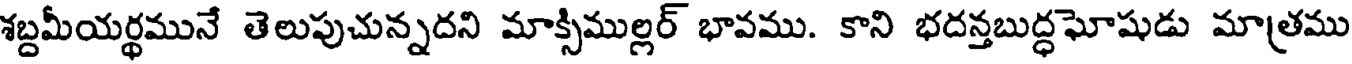
శబ్దమీయర్థమునే తెలుపుచున్నదని మాక్సిముల్లర్ భావము. కాని భదన్తబుద్ధఘోషుడు మాత్రము